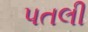
પતલી